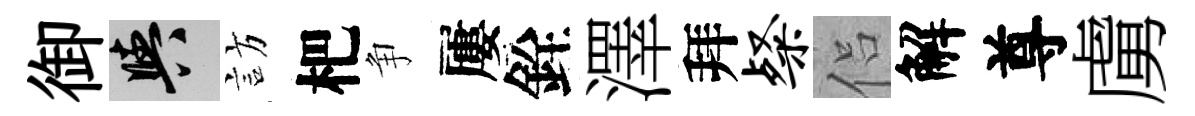
御阳訪杷争屢銓澤拜粲侣解尊虜